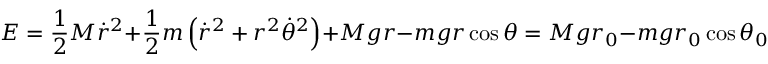
E = { \frac { 1 } { 2 } } M { \dot { r } } ^ { 2 } + { \frac { 1 } { 2 } } m \left( { \dot { r } } ^ { 2 } + r ^ { 2 } { \dot { \theta } } ^ { 2 } \right) + M g r - m g r \cos { \theta } = M g r _ { 0 } - m g r _ { 0 } \cos { \theta _ { 0 } }